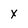
Character: X